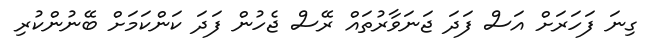
ގިނަ ފަހަރަށް އަސް ފަދަ ޖަނަވާރުތައް ރޭސް ޖެހުން ފަދަ ކަންކަމަށް ބޭނުންކުރި